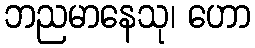
ဘညမာနေသု၊ ဟော